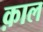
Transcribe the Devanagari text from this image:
क़ाल